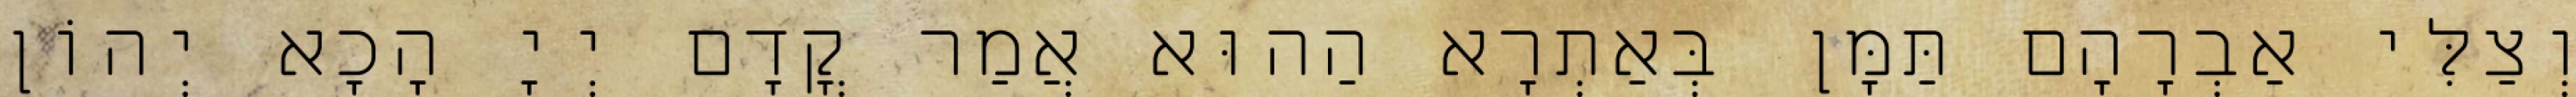
וְצַלִּי אַבְרָהָם תַּמָּן בְּאַתְרָא הַהוּא אֲמַר קֳדָם יְיָ הָכָא יְהוֹן